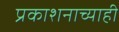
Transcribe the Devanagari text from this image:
प्रकाशनाच्याही